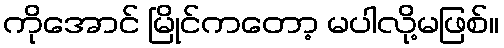
ကိုအောင် မြိုင်ကတော့ မပါလို့မဖြစ်။